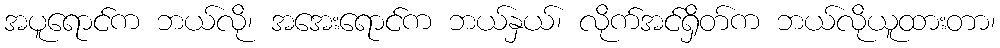
အပူရောင်က ဘယ်လို၊ အအေးရောင်က ဘယ်နှယ်၊ လိုက်အင်ရှိတ်က ဘယ်လိုယူထားတာ၊